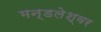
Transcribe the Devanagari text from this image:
मन्डलेश्वर